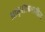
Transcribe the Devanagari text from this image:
आकृतीबंधातील